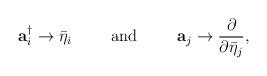
LaTeX: \begin{align*}{\bf a}_i^\dagger \rightarrow \bar{\eta}_i \hspace{1cm} {\rm and}\hspace{1cm} {\bf a}_j \rightarrow \frac{\partial}{ \partial\bar{\eta}_j}, \end{align*}